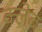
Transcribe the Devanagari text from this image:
क्लेब